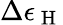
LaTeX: \Delta\epsilon_{\mathrm{~H~}}